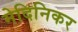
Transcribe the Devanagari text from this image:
मेदिनिकर